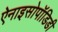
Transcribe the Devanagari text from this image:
ऐनाइसोपॉडिडी